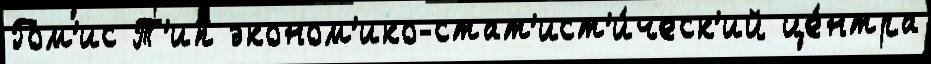
Гом'ис Т'ип эконом'ико-стат'ист'и́ческ'ий це́нтра